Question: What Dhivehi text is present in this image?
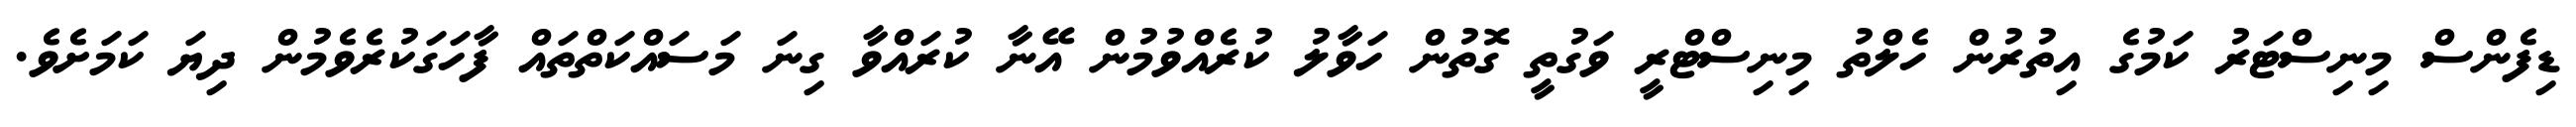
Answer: ޑިފެންސް މިނިސްޓަރު ކަމުގެ އިތުރުން ހެލްތު މިނިސްޓްރީ ވަގުތީ ގޮތުން ހަވާލު ކުރެއްވުމުން އޭނާ ކުރައްވާ ގިނަ މަސައްކަތްތައް ފާހަގަކުރެވެމުން ދިޔަ ކަމަށެވެ.